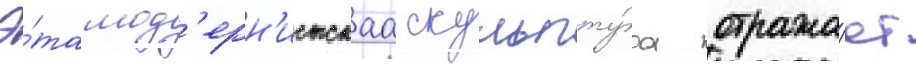
Э́та мод'ерн'истскаа скульпту́ра отража́ет